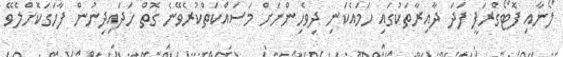
ލޯނާއި ފޮޓޯގްރަފީ ފަދަ ދާއިރާތަކުގައި ހަމައެކަނި ދިވެހިންނަށް މަސައްކަތްކުރެވޭނެ ގޮތް ހަދައިދިނުން ފާހަގަކޮށްލެވޭ